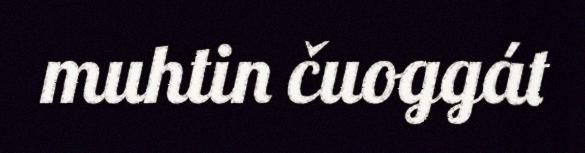
muhtin čuoggát